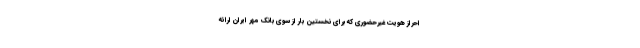
احراز هویت غیرحضوری که برای نخستین بار از سوی بانک مهر ایران ارائه